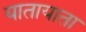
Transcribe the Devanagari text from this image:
यातायाता